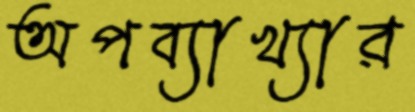
অপব্যাখ্যার